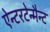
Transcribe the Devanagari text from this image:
ऐन्टरटेन्मैन्ट